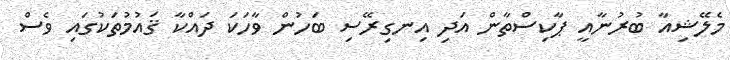
މެލޭޝިއާ ބުރުނާއީ ޕާކިސްތާން އަދި އިނގިރޭސި ބަހުން ވާހަކަ ދައްކާ ޤައުމުތަކުގައި ވެސް